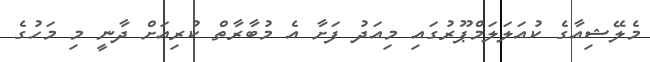
މެލޭޝިއާގެ ކުއަލަލަމްޕޫރުގައި މިއަދު ފަށާ އެ މުބާރާތް ކުރިއަށް ދާނީ މި މަހުގެ